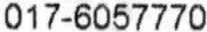
017-6057770